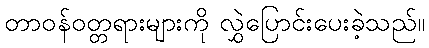
တာဝန်ဝတ္တရားများကို လွှဲပြောင်းပေးခဲ့သည်။